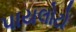
પાયલોટો